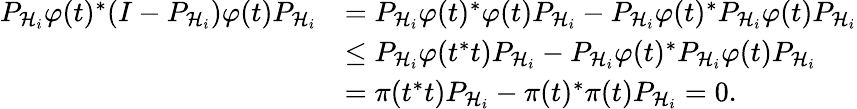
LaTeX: \begin{array}{rl}{P_{{\mathcal{H}}_{i}}\varphi(t)^{*}(I-P_{{\mathcal{H}}_{i}})\varphi(t)P_{{\mathcal{H}}_{i}}}&{=P_{{\mathcal{H}}_{i}}\varphi(t)^{*}\varphi(t)P_{{\mathcal{H}}_{i}}-P_{{\mathcal{H}}_{i}}\varphi(t)^{*}P_{{\mathcal{H}}_{i}}\varphi(t)P_{{\mathcal{H}}_{i}}}\\ &{\leq P_{{\mathcal{H}}_{i}}\varphi(t^{*}t)P_{{\mathcal{H}}_{i}}-P_{{\mathcal{H}}_{i}}\varphi(t)^{*}P_{{\mathcal{H}}_{i}}\varphi(t)P_{{\mathcal{H}}_{i}}}\\ &{=\pi(t^{*}t)P_{{\mathcal{H}}_{i}}-\pi(t)^{*}\pi(t)P_{{\mathcal{H}}_{i}}=0.}\end{array}